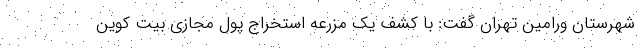
شهرستان ورامین تهران گفت: با کشف یک مزرعه استخراج پول مجازی بیت کوین